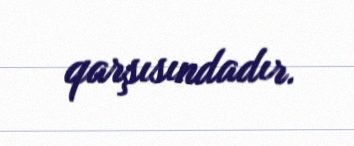
qarşısındadır.